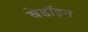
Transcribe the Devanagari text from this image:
बेडॉइन